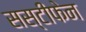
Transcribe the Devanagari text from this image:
सस्टीफेन